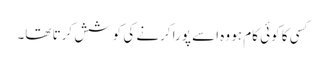
کسی کا کوئی کام ہو وہ اسے پورا کرنے کی کوشش کرتا تھا۔